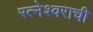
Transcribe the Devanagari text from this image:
रत्नेश्वराची